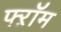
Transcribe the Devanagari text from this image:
फ्ऱॉम